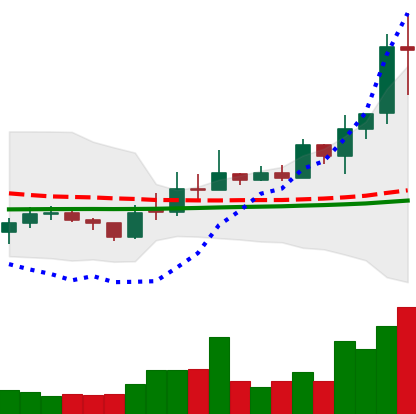
Ticker: EOS-USD
Chart end date: 2021-02-10
Forward return: 13.762%
Label: up_7plus